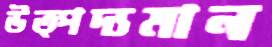
উত্পদ্যমান